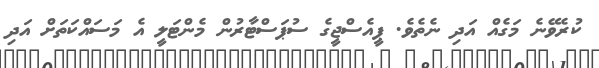
ކުރެވޭނެ މަގެއް އަދި ނެތެވެ. ޕީއެސްޖީގެ ސުޕަސްޓާރުން މެންޓަލީ އެ މަސައްކަތަށް އަދި